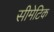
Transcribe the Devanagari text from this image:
सीमेटिक